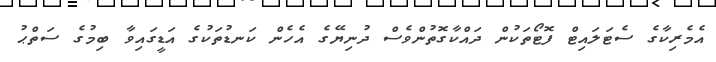
އެމެރިކާގެ ސެޓަލައިޓް ފޮޓޯތަކުން ދައްކާގޮތުންވެސް ދުނިޔޭގެ އެހެން ކަނޑުތަކުގެ އަޑީގައިވާ ބިމުގެ ސަތްޙު